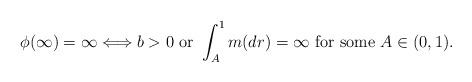
LaTeX: \begin{align*}\phi(\infty)=\infty \Longleftrightarrow b>0 \textrm{ or } \int_{A}^{1} m(dr)=\infty \textrm{ for some } A \in (0,1).\end{align*}